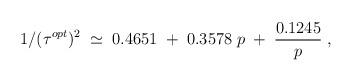
LaTeX: \begin{align*}1/(\tau^{opt})^2\;\simeq\;0.4651\;+\; 0.3578\;p\;+\;{0.1245\over p}\;,\end{align*}